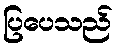
ပြပေသည်